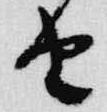
由